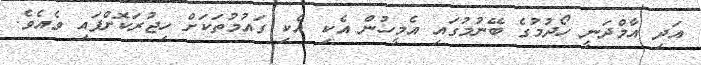
އަދި އާމްދަނީ ހޯދުމުގެ ބޭނުމުގައި އެމީހުން އެކި އެކި ގައުމުތަކަށް ހިޖުރަކޮށްފައި ވެއެވެ.